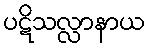
ပဋိသလ္လာနာယ